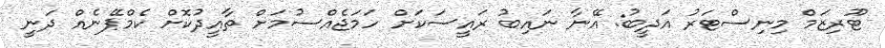
ޓޫރިޒަމް މިނިސްޓަރު އަދީބު: އޭނާ ނައިބު ރައީސަކަށް ހަމަޖެއްސުމަށް ތާއީދުކޮށް ކެމްޕޭނެއް ދަނީ